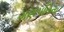
ગણપતિના